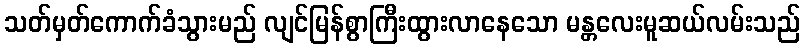
သတ်မှတ်ကောက်ခံသွားမည် လျင်မြန်စွာကြီးထွားလာနေသော မန္တလေးမူဆယ်လမ်းသည်